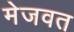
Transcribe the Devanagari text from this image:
मेजवत